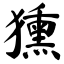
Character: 獯